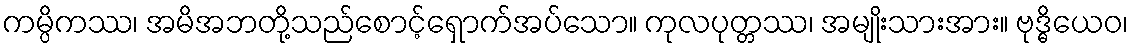
ကမ္ပိကဿ၊ အမိအဘတို့သည်စောင့်ရှောက်အပ်သော။ ကုလပုတ္တဿ၊ အမျိုးသားအား။ ဗုဒ္ဓိယေဝ၊